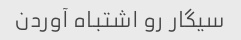
سیگار رو اشتباه آوردن